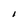
Character: I